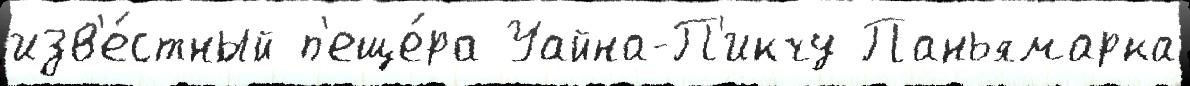
изв'е́стный п'еще́ра Уайна-П'икчу Паньямарка